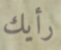
رأيك